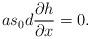
LaTeX: \begin{align*}a s_0 d \frac{\partial h}{\partial x}=0.\end{align*}